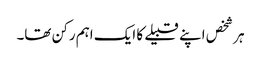
ہر شخص اپنے قبیلے کا ایک اہم رکن تھا۔